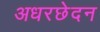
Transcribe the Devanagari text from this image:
अधरछेदन